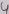
Text: 4